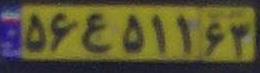
۵۶ع۵۱۱۶۳